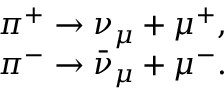
\begin{array} { r } { \pi ^ { + } \rightarrow \nu _ { \mu } + \mu ^ { + } , } \\ { \pi ^ { - } \rightarrow \bar { \nu } _ { \mu } + \mu ^ { - } . } \end{array}